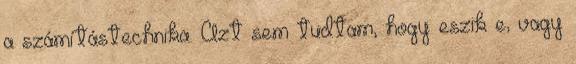
a számítástechnika. Azt sem tudtam, hogy eszik e, vagy